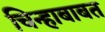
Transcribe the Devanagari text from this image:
चिन्हाबाबत